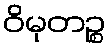
ဝိမုတဉ္စ